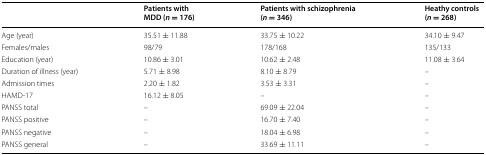
<table><thead><tr><td></td><td><b>Patients with MDD (<i>n</i> = 176)</b></td><td><b>Patients with schizophrenia (<i>n</i> = 346)</b></td><td><b>Heathy controls (<i>n</i> = 268)</b></td></tr></thead><tbody><tr><td>Age (year)</td><td>35.51 ± 11.88</td><td>33.75 ± 10.22</td><td>34.10 ± 9.47</td></tr><tr><td>Females/males</td><td>98/79</td><td>178/168</td><td>135/133</td></tr><tr><td>Education (year)</td><td>10.86 ± 3.01</td><td>10.62 ± 2.48</td><td>11.08 ± 3.64</td></tr><tr><td>Duration of illness (year)</td><td>5.71 ± 8.98</td><td>8.10 ± 8.79</td><td>–</td></tr><tr><td>Admission times</td><td>2.20 ± 1.82</td><td>3.53 ± 3.31</td><td>–</td></tr><tr><td>HAMD-17</td><td>16.12 ± 8.05</td><td>–</td><td>–</td></tr><tr><td>PANSS total</td><td>–</td><td>69.09 ± 22.04</td><td>–</td></tr><tr><td>PANSS positive</td><td>–</td><td>16.70 ± 7.40</td><td>–</td></tr><tr><td>PANSS negative</td><td>–</td><td>18.04 ± 6.98</td><td>–</td></tr><tr><td>PANSS general</td><td>–</td><td>33.69 ± 11.11</td><td>–</td></tr></tbody></table>